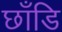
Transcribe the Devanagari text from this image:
छाँडि